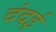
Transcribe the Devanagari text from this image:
दंदई